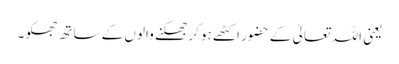
یعنی اللہ تعالیٰ کے حضور اکٹھے ہو کر جھکنے والوں کے ساتھ جھکو۔